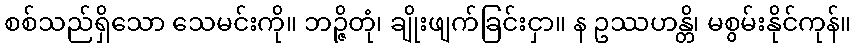
စစ်သည်ရှိသော သေမင်းကို။ ဘဉ္ဇိတုံ၊ ချိုးဖျက်ခြင်းငှာ။ န ဥဿဟန္တိ၊ မစွမ်းနိုင်ကုန်။